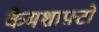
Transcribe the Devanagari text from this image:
कैमशाफ़्टों